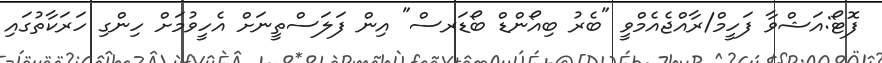
ފޮޓޯ:އަޝްވާ ފަހީމް/ރާއްޖެއެމްވީ "ބެރު ބިއޯންޑް ބޯޑަރސް" އިން ފަލަސްތީނަށް އެހީވުމަށް ހިންގި ހަރަކާތުގައި